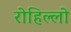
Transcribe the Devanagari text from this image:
रोहिल्लो